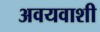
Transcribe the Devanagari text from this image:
अवयवाशी